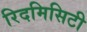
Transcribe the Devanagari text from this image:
रिदमिसिटी